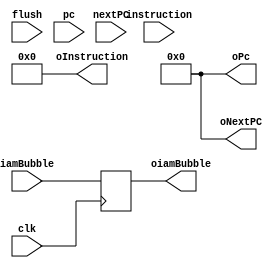
module IfIdBuffer (
    input clk, flush,iamBubble,
    input [15:0] instruction,
    input [31:0] pc, nextPC,
    output reg [31:0] oPc, oNextPC,
    output reg [15:0] oInstruction,
    output reg oiamBubble
);

  initial begin
    oPc=0;
    oNextPC=0;
    oInstruction=32'b0;
    oiamBubble = 0;
  end

  always @(posedge flush) begin
      oInstruction = 0;
      oNextPC = 0;
      oPc = 0;
  end

  always @(posedge clk) begin
		oInstruction = instruction;
		oNextPC = nextPC;
		oPc = pc;
		oiamBubble = iamBubble;
		#0
		if (flush) begin
      oInstruction = 0;
      oNextPC = 0;
      oPc = 0;
		end
  end

endmodule